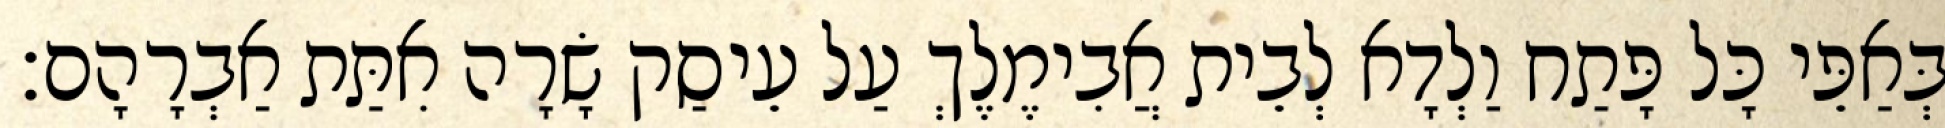
בְּאַפֵּי כָּל פָּתַח וַלְדָא לְבֵית אֲבִימֶלֶךְ עַל עֵיסַק שָׂרָה אִתַּת אַבְרָהָם׃